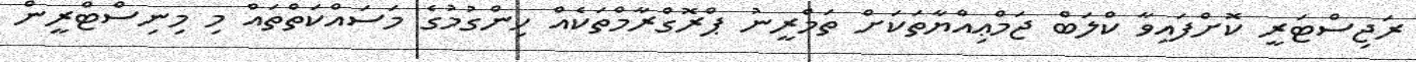
ރަޖިސްޓަރީ ކޮށްފައިވާ ކްލަބް ޖަމްޢިއްޔާތަކަށް ތަމްރީނު ޕްރޮގްރާމްތަކެއް ހިންގުމުގެ މަސައްކަތްތައް މި މިނިސްޓްރީން